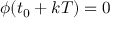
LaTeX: \phi ( t _ { 0 } + k T ) = 0 \quad \quad { }